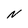
Character: N